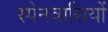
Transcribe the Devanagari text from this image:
स्‍पेनवासियों